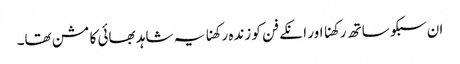
ان سبکو ساتھ رکھنا اور انکے فن کو زندہ رکھنا یہ شاہد بھائی کا مشن تھا۔